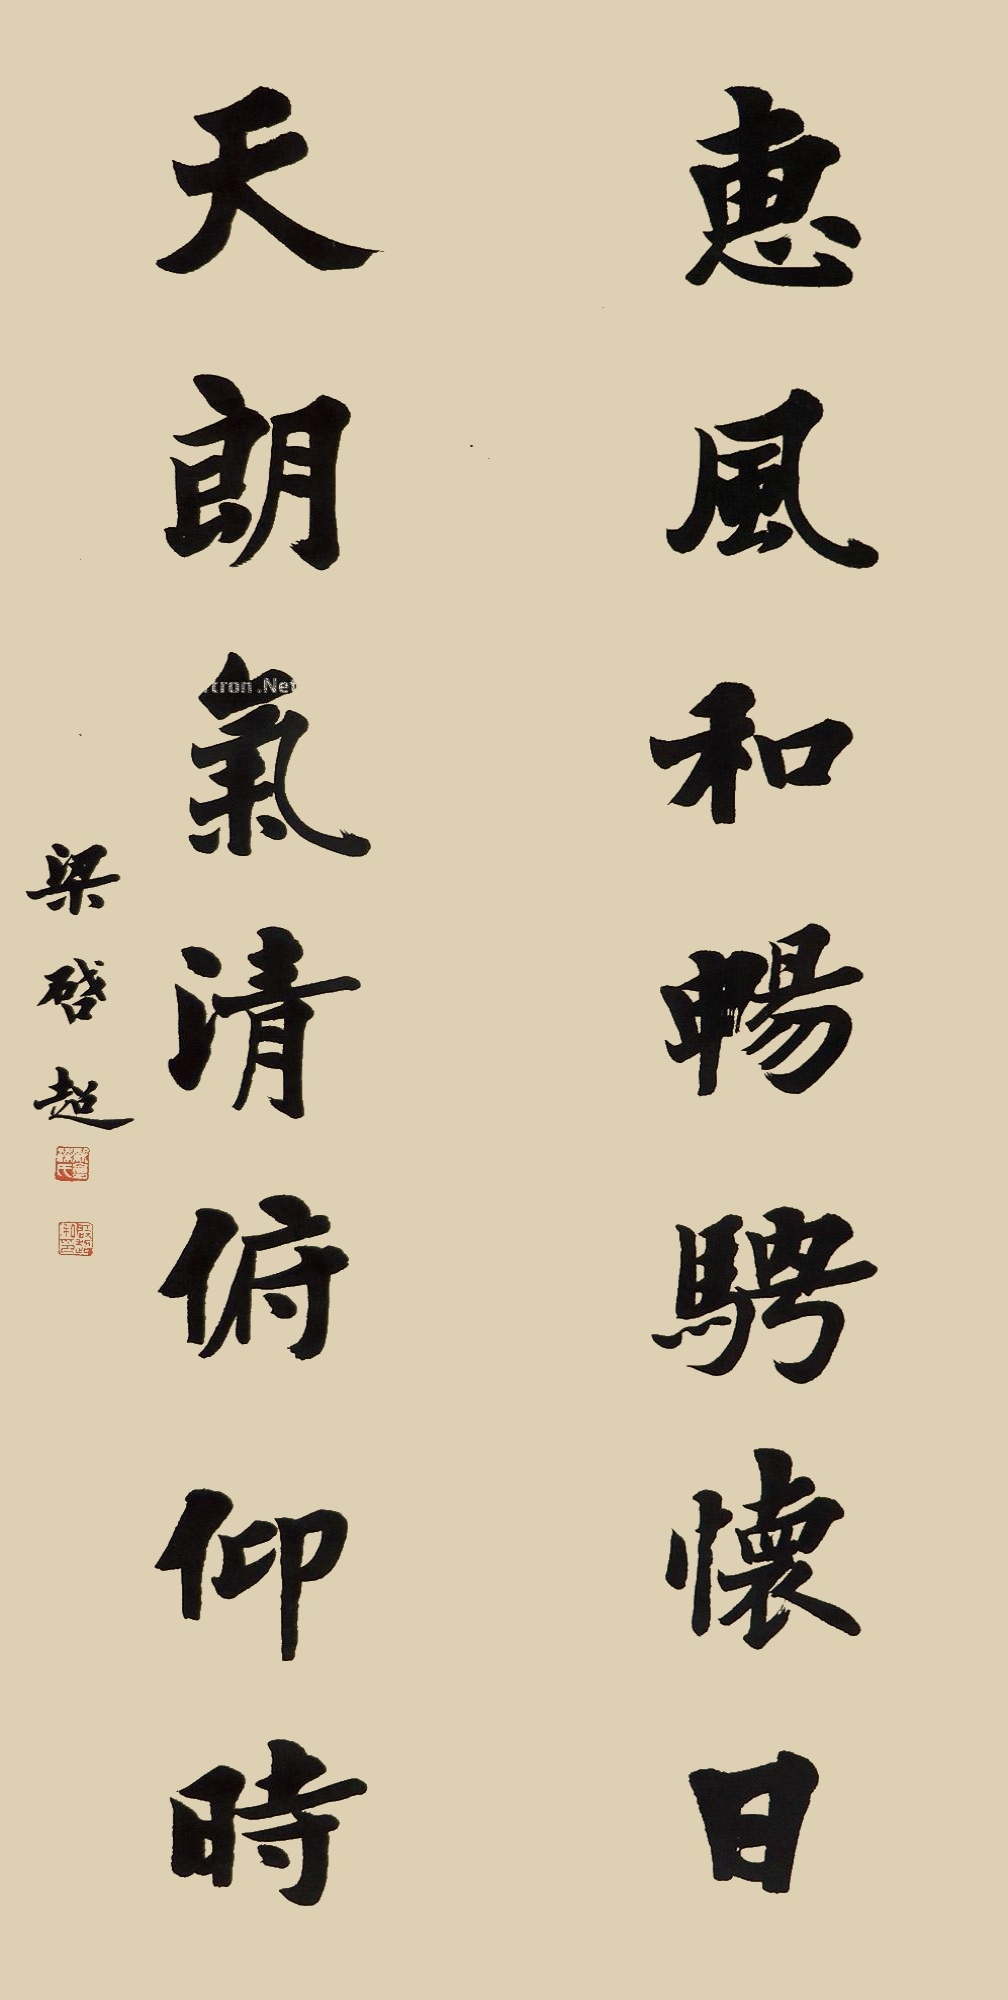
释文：惠风和畅骋怀日，天朗气清俯仰时。梁启超。